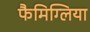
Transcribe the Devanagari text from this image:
फैमिग्लिया